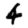
Digit: 4